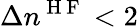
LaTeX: \Delta n^{\mathrm{~H~F~}}<2